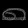
Digit: ၈